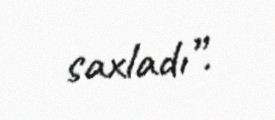
saxladı”.